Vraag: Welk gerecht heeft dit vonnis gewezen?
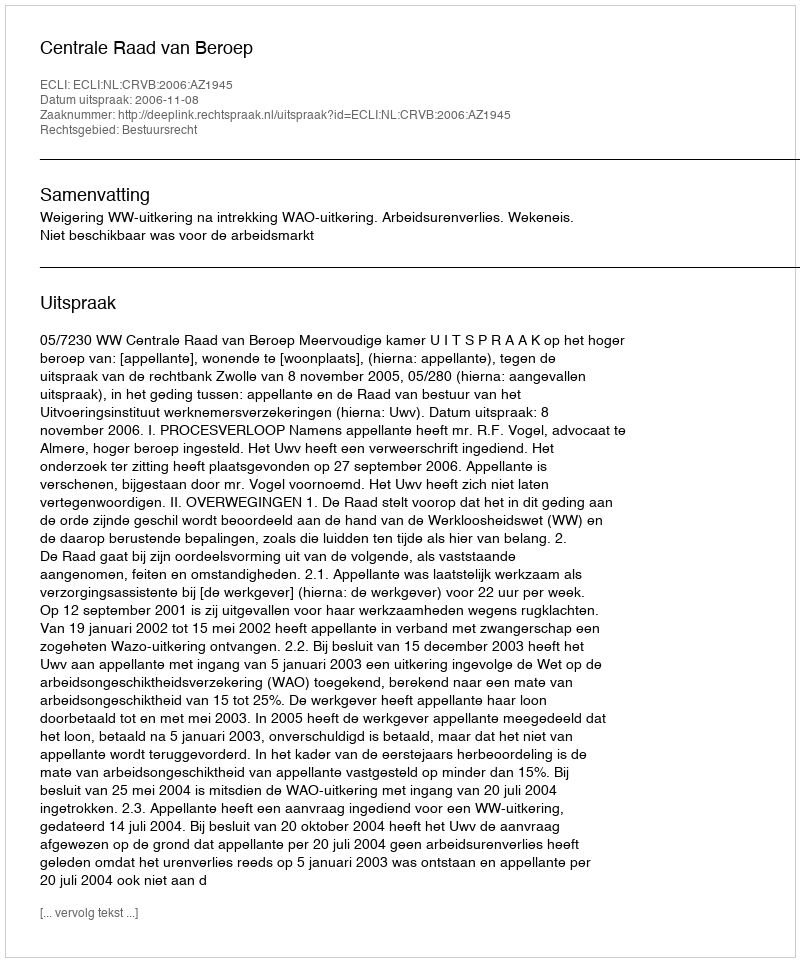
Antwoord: Centrale Raad van Beroep